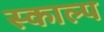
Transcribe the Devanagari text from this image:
स्काल्प